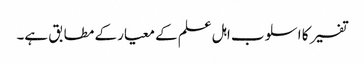
تفسیر کا اسلوب اہل علم کے معیار کے مطابق ہے۔